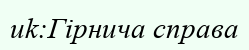
uk:Гірнича справа